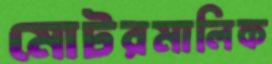
মোটরমালিক